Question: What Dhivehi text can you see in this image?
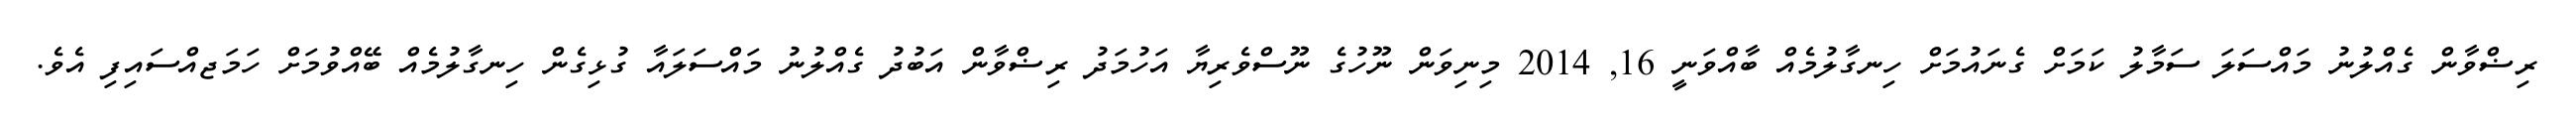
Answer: ރިޟްވާން ގެއްލުނު މައްސަލަ ސަމާލު ކަމަށް ގެނައުމަށް ހިނގާލުމެއް ބާއްވަނީ 16, 2014 މިނިވަން ނޫހުގެ ނޫސްވެރިޔާ އަހުމަދު ރިޟްވާން އަބުދު ގެއްލުނު މައްސަލައާ ގުޅިގެން ހިނގާލުމެއް ބޭއްވުމަށް ހަމަޖއްސައިފި އެވެ.